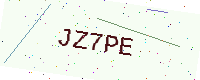
Text: JZ7PE